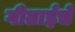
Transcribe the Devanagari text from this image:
गीताईचे